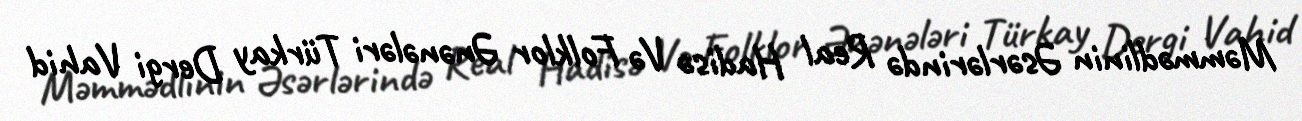
Məmmədlinin Əsərlərində Real Hadisə Və Folklor Ənənələri Türkay Dergi Vahid